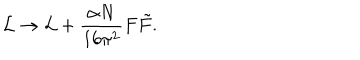
{ \cal L } \rightarrow { \cal L } + \frac { \alpha N } { 1 6 \pi ^ { 2 } } F \tilde { F } .